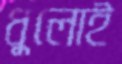
ধুলোই